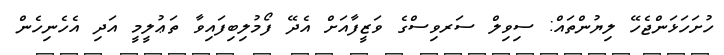
ހުށަހަޅަންޖެހޭ ލިޔުންތައް: ސިވިލް ސަރވިސްގެ ވަޒީފާއަށް އެދޭ ފޯމުލިބިފައިވާ ތަޢުލީމީ އަދި އެހެނިހެން